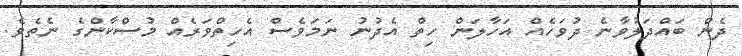
ދެން ބައްދަލުވާނެ ދުވަހެއް އަހާލަން ހިތް އެދުނު ނަމަވެސް އެހިތްވަރެއް މުސްކާންގެ ނެތެވެ.